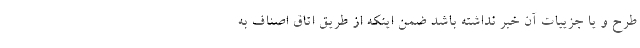
طرح و یا جزییات آن خبر نداشته باشد ضمن اینکه از طریق اتاق اصناف به